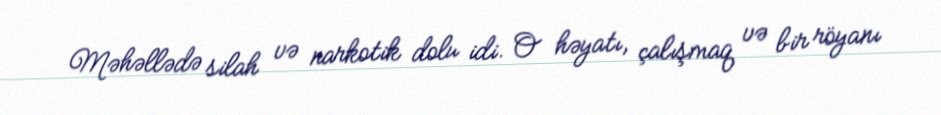
Məhəllədə silah və narkotik dolu idi. O həyatı, çalışmaq və bir röyanı